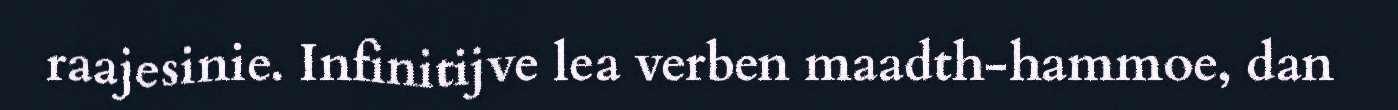
raajesinie. Infinitijve lea verben maadth-hammoe, dan